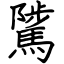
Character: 騭